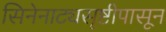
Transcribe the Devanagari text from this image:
सिनेनाट्यसृष्टीपासून